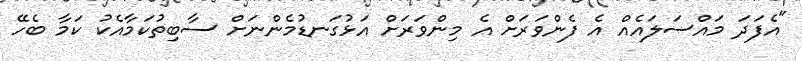
"އެފަދަ މައްސަލައެއް އެ ފެންވަރަށް އެ މިންވަރަށް އަޅުގަނޑުމެންނަށް ސާބިތުކަމާއެކު ކަމާ ބެހޭ